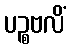
ပဉ္စဗလိံ